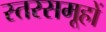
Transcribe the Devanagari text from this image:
स्तरसमूहों